Indian journal of veterinary science and animal husbandry - Volumes 15-17, 1948-1951
Year: 1948
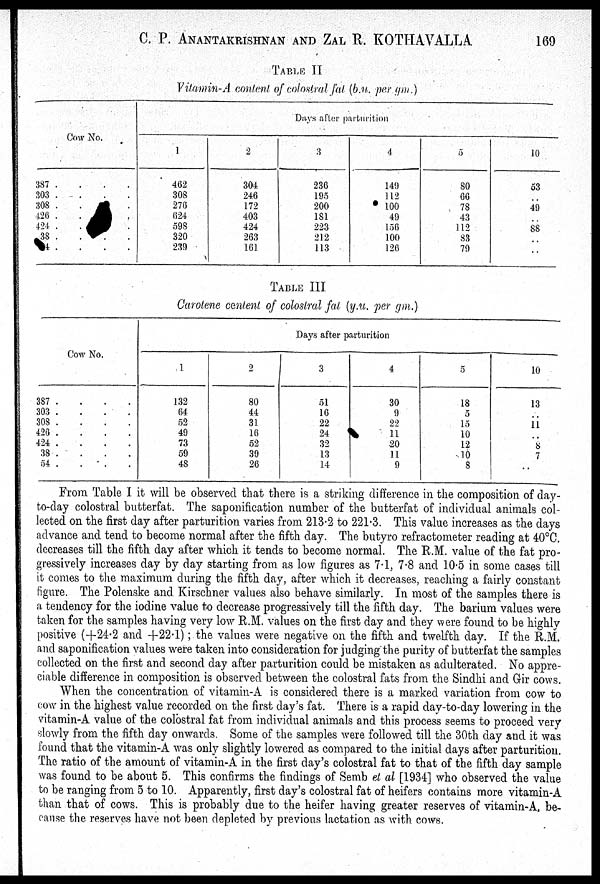
C. P. ANANTAKRISHNAN AND ZAL R. KOTHAVALLA
169
TABLE II
Vitamin-A content of colostral fat (b.u. per gm.)
Cow No.
387
.
.
.
.
303
.
.
.
.
308 . . . .
426 . . . .
424 . . . .
38 . . . .
4 . . . .
Days after parturition
1
462
308
276
624
598
320
239
2
304
246
172
403
424
263
161
3
236
195
200
181
223
212
113
4
149
112
100
49
156
100
126
5
80
66
78
43
112
83
79
10
53
..
49
..
88
..
..
TABLE III
Carotene centent of colostral fat (y.u. per gm.)
Cow No.
387 . . . .
303 . . . .
308
.
.
.
.
426 . . . .
424
.
.
.
.
38 . . . .
54
.
.
.
.
Days after parturition
1
132
64
52
49
73
59
48
2
80
44
31
16
52
39
26
3
51
16
22
24
32
13
14
4
30
9
22
11
20
11
9
5
18
5
15
10
12
10
8
10
13
..
11
..
8
7
..
From Table I it will be observed that there is a striking difference in the composition of day-
to-day colostral butterfat. The saponification number of the butterfat of individual animals col-
lected on the first day after parturition varies from 213.2 to 221.3. This value increases as the days
advance and tend to become normal after the fifth day. The butyro refractometer reading at 40°C.
decreases till the fifth day after which it tends to become normal. The R.M. value of the fat pro-
gressively increases day by day starting from as low figures as 7.1, 7.8 and 10.5 in some cases till
it comes to the maximum during the fifth day, after which it decreases, reaching a fairly constant
figure. The Polenske and Kirschner values also behave similarly. In most of the samples there is
a tendency for the iodine value to decrease progressively till the fifth day. The barium values were
taken for the samples having very low R.M. values on the first day and they were found to be highly
positive (+24.2 and +22.1) ; the values were negative on the fifth and twelfth day. If the R.M.
and saponification values were taken into consideration for judging the purity of butterfat the samples
collected on the first and second day after parturition could be mistaken as adulterated. No appre-
ciable difference in composition is observed between the colostral fats from the Sindhi and Gir cows.
When the concentration of vitamin-A is considered there is a marked variation from cow to
cow in the highest value recorded on the first day's fat. There is a rapid day-to-day lowering in the
vitamin-A value of the colostral fat from individual animals and this process seems to proceed very
slowly from the fifth day onwards. Some of the samples were followed till the 30th day and it was
found that the vitamin-A was only slightly lowered as compared to the initial days after parturition.
The ratio of the amount of vitamin-A in the first day's colostral fat to that of the fifth day sample
was found to be about 5. This confirms the findings of Semb et al [1934] who observed the value
to be ranging from 5 to 10. Apparently, first day's colostral fat of heifers contains more vitamin-A
than that of cows. This is probably due to the heifer having greater reserves of vitamin-A, be-
cause the reserves have not been depleted by previous lactation as with cows.